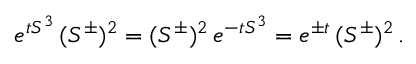
e ^ { t S ^ { 3 } } \, ( S ^ { \pm } ) ^ { 2 } = ( S ^ { \pm } ) ^ { 2 } \, e ^ { - t S ^ { 3 } } = e ^ { \pm t } \, ( S ^ { \pm } ) ^ { 2 } \, .